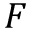
F